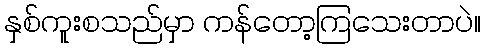
နှစ်ကူးစသည်မှာ ကန်တော့ကြသေးတာပဲ။